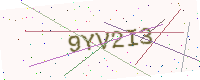
Text: 9YV2I3